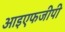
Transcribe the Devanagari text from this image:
आइएफजीपी